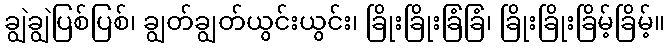
ချွဲချွဲပြစ်ပြစ်၊ ချွတ်ချွတ်ယွင်းယွင်း၊ ခြိုးခြိုးခြံခြံ၊ ခြိုးခြိုးခြိမ့်ခြိမ့်။